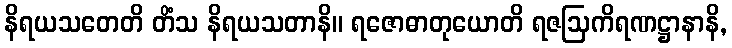
နိရယသတေတိ တိံသ နိရယသတာနိ။ ရဇောဓာတုယောတိ ရဇဩကိရဏဋ္ဌာနာနိ,